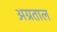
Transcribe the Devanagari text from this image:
अग्रताल